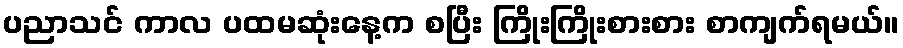
ပညာသင် ကာလ ပထမဆုံးနေ့က စပြီး ကြိုးကြိုးစားစား စာကျက်ရမယ်။